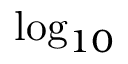
\log _ { 1 0 }